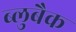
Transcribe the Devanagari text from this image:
ब्लुबैक